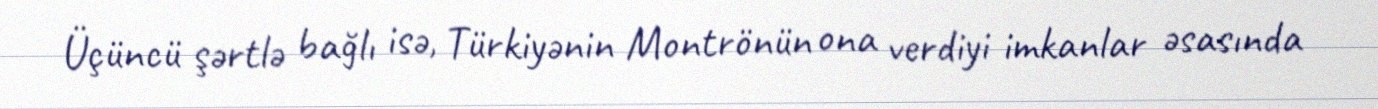
Üçüncü şərtlə bağlı isə, Türkiyənin Montrönün ona verdiyi imkanlar əsasında